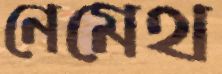
নেমেথ